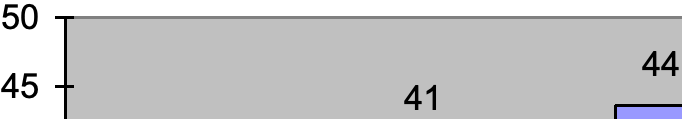
50 44 45           41